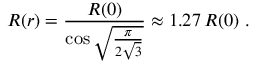
R ( r ) = { \frac { R ( 0 ) } { \cos \sqrt { \frac { \pi } { 2 \sqrt 3 } } } } \approx 1 . 2 7 \, R ( 0 ) \ .